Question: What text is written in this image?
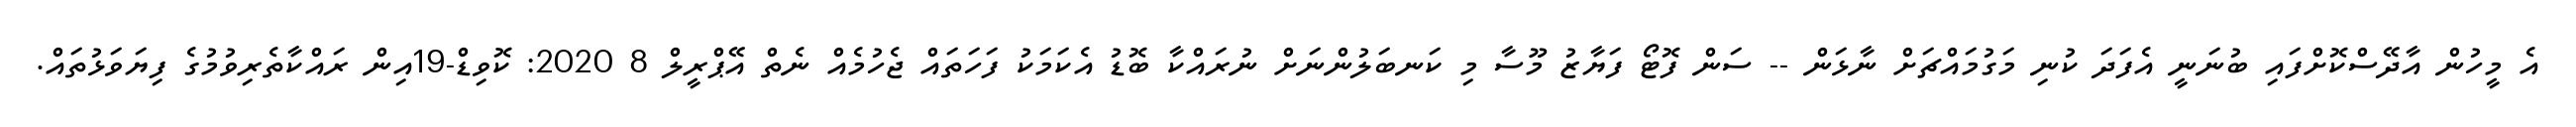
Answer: އެ މީހުން އާދޭސްކޮށްފައި ބުނަނީ އެފަދަ ކުނި މަގުމައްޗަށް ނާޅަން -- ސަން ފޮޓޯ ފަޔާޒު މޫސާ މި ކަނބަލުންނަށް ނުރައްކާ ބޮޑު އެކަމަކު ފަހަތައް ޖެހުމެއް ނެތް އޭޕްރީލް 8 2020: ކޮވިޑް-19އިން ރައްކާތެރިވުމުގެ ފިޔަވަޅުތައް.